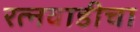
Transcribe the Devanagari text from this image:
रत्नवाडीचा